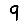
Digit: 9